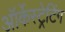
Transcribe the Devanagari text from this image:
ऑर्केस्ट्रेटिंग